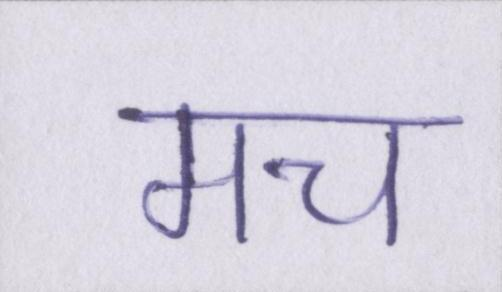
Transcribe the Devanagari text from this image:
मच